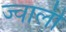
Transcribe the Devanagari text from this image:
ज्वाली